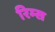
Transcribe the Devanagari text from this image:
रिम्स